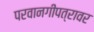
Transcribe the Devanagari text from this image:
परवानगीपत्रावर